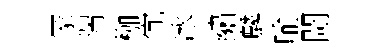
冡瑞枷宂冰繡麟喻閜